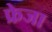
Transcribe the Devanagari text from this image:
फ्रेजा